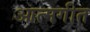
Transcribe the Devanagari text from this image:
आत्मगीत